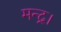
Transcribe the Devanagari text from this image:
मन्द्र।